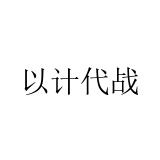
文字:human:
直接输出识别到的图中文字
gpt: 以计代战